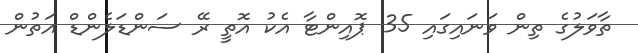
ތާވަލުގެ ތިން ވަނައިގައި 35 ޕޮއިންޓާ އެކު އޮތީ ރޭ ސަންޑަލެންޑް އަތުން